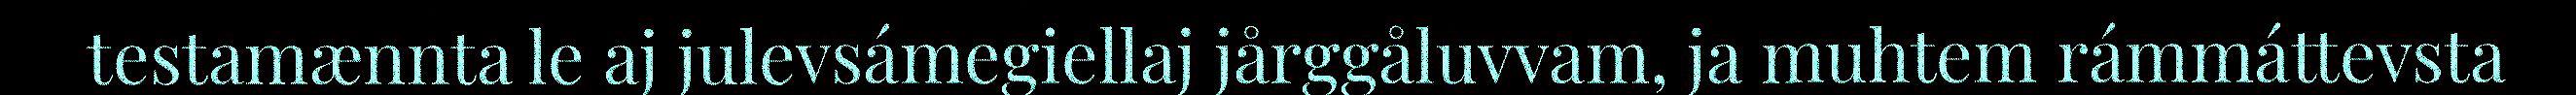
testamænnta le aj julevsámegiellaj jårggåluvvam, ja muhtem rámmáttevsta